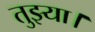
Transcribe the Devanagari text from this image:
तुझ्या।